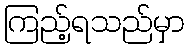
ကြည့်ရသည်မှာ